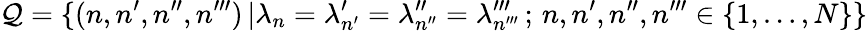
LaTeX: \mathcal{Q}=\{ (n,n^{\prime},n^{\prime\prime},n^{\prime\prime\prime})\, |\lambda_{n}=\lambda_{n^{\prime}}^{\prime}=\lambda_{n^{\prime\prime}}^{\prime\prime}=\lambda_{n^{\prime\prime\prime}}^{\prime\prime\prime}\, ;\, n,n^{\prime},n^{\prime\prime},n^{\prime\prime\prime}\in\{ 1,\ldots,N\} \}